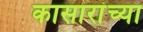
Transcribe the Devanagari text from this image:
कासारांच्या